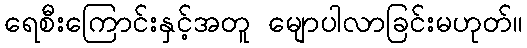
ရေစီးကြောင်းနှင့်အတူ မျောပါလာခြင်းမဟုတ်။